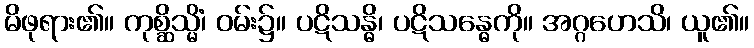
မိဖုရား၏။ ကုစ္ဆိသ္မိံ၊ ဝမ်း၌။ ပဋိသန္ဓိ၊ ပဋိသန္ဓေကို။ အဂ္ဂဟေသိ၊ ယူ၏။